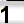
Digit: 1